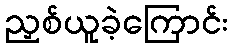
ညှစ်ယူခဲ့ကြောင်း